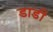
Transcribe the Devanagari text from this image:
डाडी